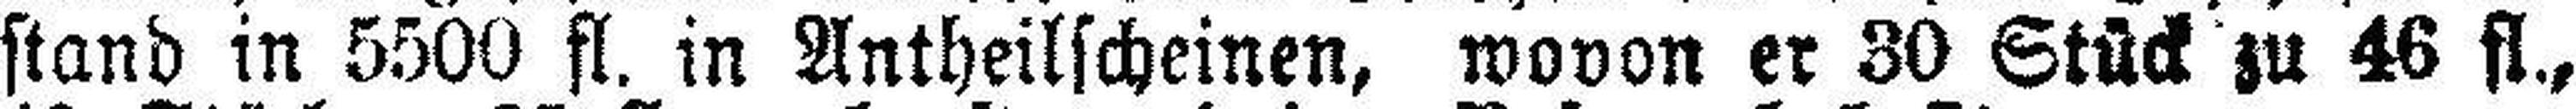
stand in 5500 fl. in Antheilscheinen, wovon er 30 Stück zu 46 fl.,